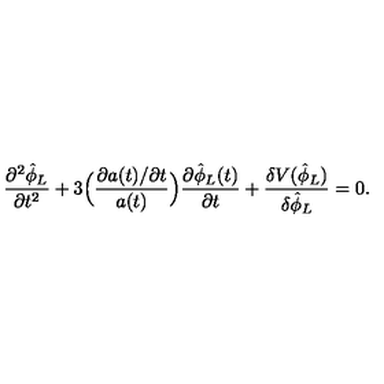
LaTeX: \frac { \partial ^ { 2 } \hat { \phi } _ { L } } { \partial t ^ { 2 } } + 3 \Bigl ( \frac { \partial a ( t ) / \partial t } { a ( t ) } \Bigr ) \frac { \partial \hat { \phi } _ { L } ( t ) } { \partial t } + \frac { \delta V ( \hat { \phi } _ { L } ) } { \delta \hat { \phi } _ { L } } = 0 .